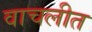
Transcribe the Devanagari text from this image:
वाचलीत